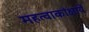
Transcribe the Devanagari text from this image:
महत्वाकांक्षायें